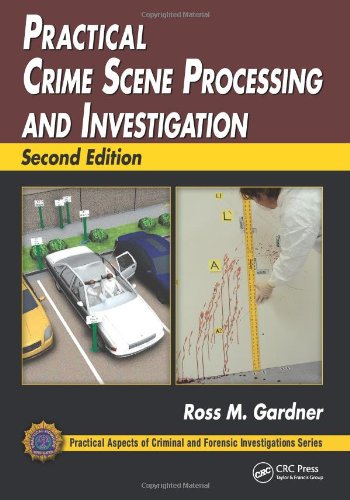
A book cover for Practical Crime Scene Processing and Investigation, Second Edition (Practical Aspects of Criminal and Forensic Investigations); Ross M. Gardner; Law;